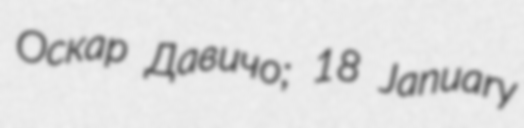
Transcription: Оскар Давичо; 18 January